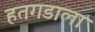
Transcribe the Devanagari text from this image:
हतगडाला